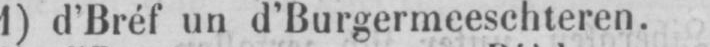
1) d’Bréf un d’Burgermeeschteren.